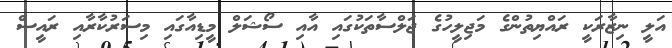
އަލީ ނިޒާރަކީ ރައްޔިތުންގެ މަޖިލީހުގެ ޖަލްސާތަކުގައި އާއި ސޯޝަލް މީޑިއާގައި މިސަރުކާރާއި ރައީސް